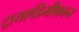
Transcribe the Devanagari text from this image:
ट्रायएडिमीफान